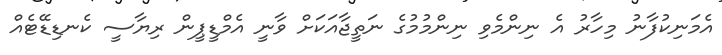
އެމަނިކުފާނު މިހާރު އެ ނިންމެވި ނިންމުމުގެ ނަތީޖާއަކަށް ވާނީ އެމްޑީޕީން ރިޔާސީ ކެނޑިޑޭޓެއް